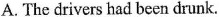
A. The drivers had been drunk.